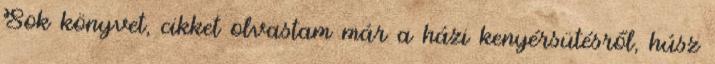
Sok könyvet, cikket olvastam már a házi kenyérsütésről, húsz